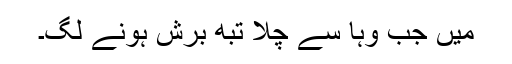
میں جب وہا سے چلا تبھِ برِش ہونے لگِ۔